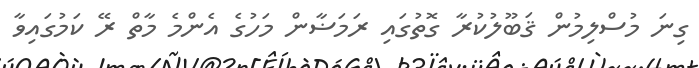
ގިނަ މުސްލިމުން ޤަބޫލުކުރާ ގޮތުގައި ރަމަޟާން މަހުގެ އެންމެ މާތް ރޭ ކަމުގައިވާ